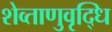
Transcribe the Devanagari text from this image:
शेव्ताणुवृद्धि